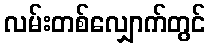
လမ်းတစ်လျှောက်တွင်